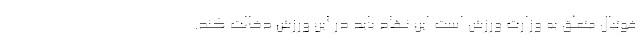
فوتبال متعلق به وزارت ورزش است این نهاد باید در این ورزش دخالت کند.